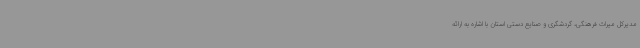
مدیرکل میراث فرهنگی، گردشگری و صنایع دستی استان با اشاره به ارائه